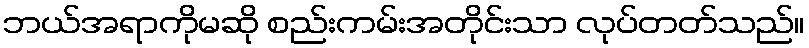
ဘယ်အရာကိုမဆို စည်းကမ်းအတိုင်းသာ လုပ်တတ်သည်။